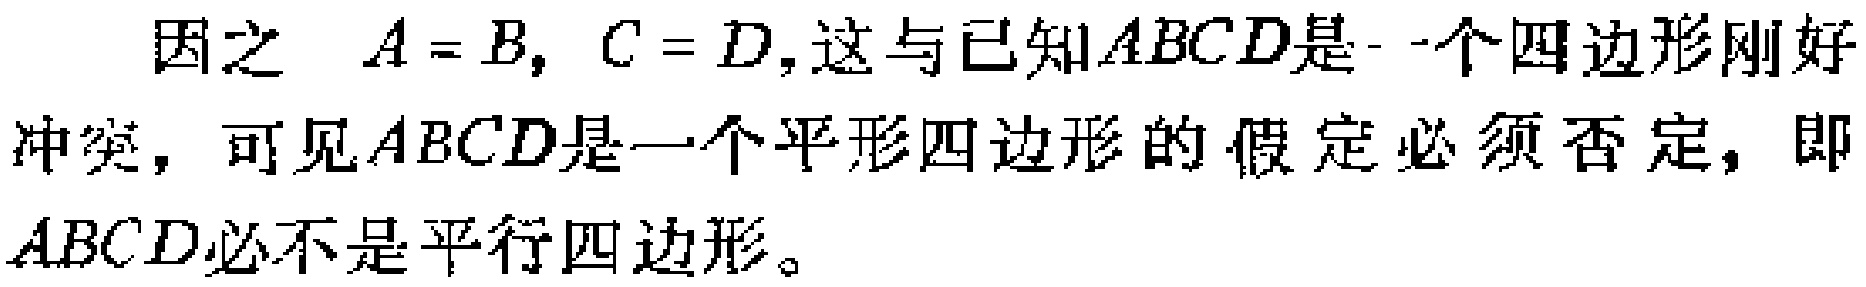
因之 \(A = B,\ C = D\), 这与已知\(ABCD\)是一个四边形刚好冲突，可见\(ABCD\)是一个平形四边形的假定必须否定，即\(ABCD\)必不是平行四边形。